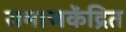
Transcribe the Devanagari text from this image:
समाजकेंद्रित